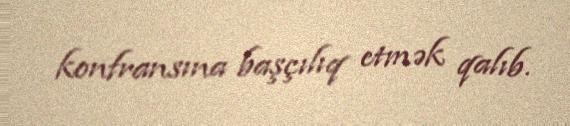
konfransına başçılıq etmək qalıb.